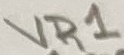
Text: VR1